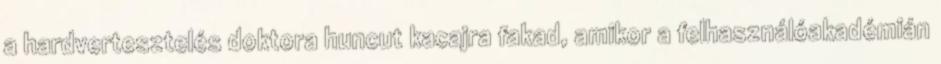
a hardvertesztelés doktora huncut kacajra fakad, amikor a felhasználóakadémián